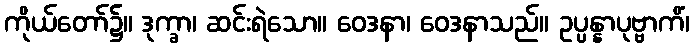
ကိုယ်တော်၌။ ဒုက္ခာ၊ ဆင်းရဲသော။ ဝေဒနာ၊ ဝေဒနာသည်။ ဥပ္ပန္နာပုဗ္ဗာကိံ၊